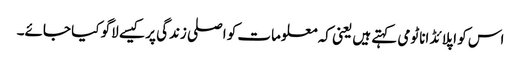
اس کو اپلائڈ اناٹومی کہتے ہیں یعنی کہ معلومات کو اصلی زندگی پر کیسے لاگو کیا جائے۔